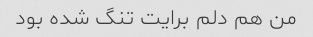
من هم دلم برایت تنگ شده بود